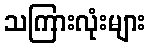
သကြားလုံးများ